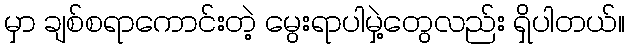
မှာ ချစ်စရာကောင်းတဲ့ မွေးရာပါမှဲ့တွေလည်း ရှိပါတယ်။